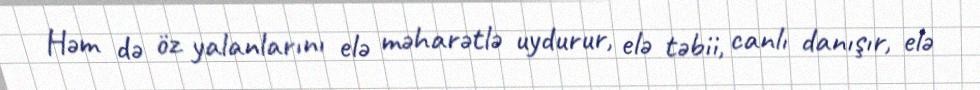
Həm də öz yalanlarını elə məharətlə uydurur, elə təbii, canlı danışır, elə